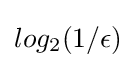
log_{2}(1/\epsilon )